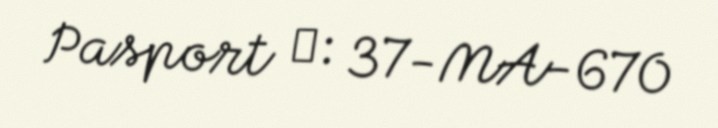
Pasport №: 37-MA-670